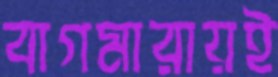
বাগমারায়ই